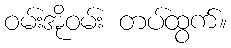
ဝမ်းအိုဝမ်း တပ်ထွက်။